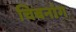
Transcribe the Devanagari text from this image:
चिबनांग